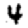
Digit: 4